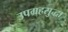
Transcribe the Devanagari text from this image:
उपग्रहसुद्धा